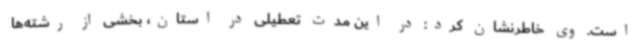
‌است. وی خاطرنشان کرد: در این مدت تعطیلی در استان، بخشی از رشته‌ها